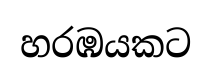
හරඹයකට